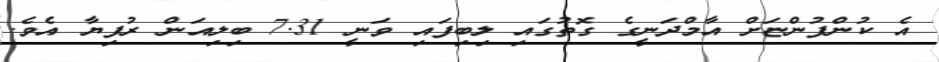
އެ ކުންފުންޏަށް އާމްދަނީގެ ގޮތުގައި ލިބިފައި ވަނީ 7.31 ބިލިއަން ރުފިޔާ އެވެ.